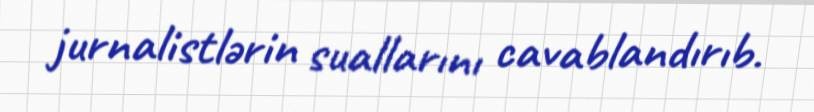
jurnalistlərin suallarını cavablandırıb.